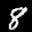
Label: 8